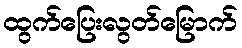
ထွက်ပြေးလွတ်မြောက်